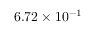
6 . 7 2 \times 1 0 ^ { - 1 }